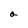
Character: a